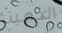
الدمية